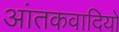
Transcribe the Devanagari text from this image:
आंतकवादियों